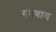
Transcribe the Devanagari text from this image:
बनवाय